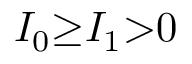
I _ { 0 } { \geq } I _ { 1 } { > } 0